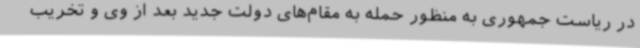
در ریاست جمهوری به منظور حمله به مقام‌های دولت جدید بعد از وی و تخریب